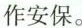
作安保。